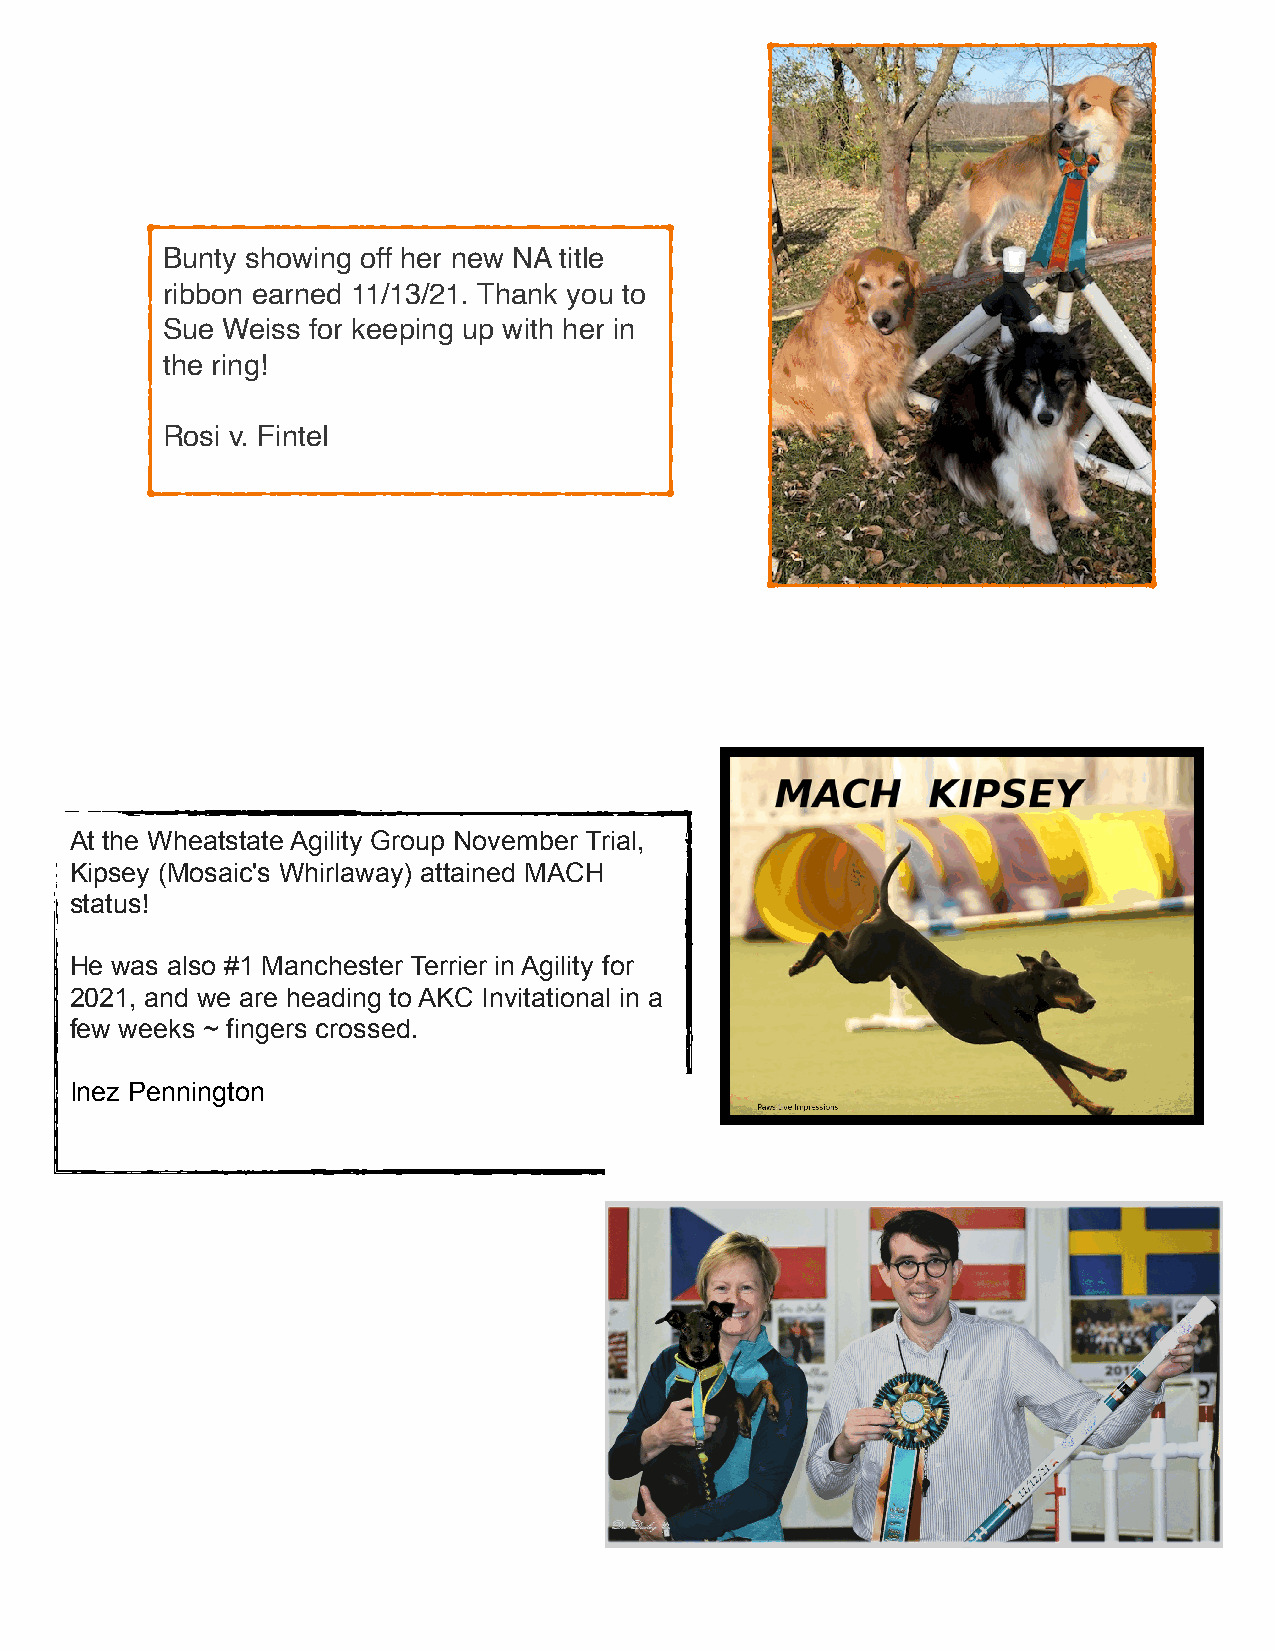
Bunty showing off her new NA title
 ribbon earned 11/13/21. Thank you to
 Sue Weiss for keeping up with her in
 the ring!
 Rosi v. Fintel
 At the Wheatstate Agility Group November Trial,
 Kipsey (Mosaic's Whirlaway) attained MACH
 status!
 He was also #1 Manchester Terrier in Agility for
 2021, and we are heading to AKC Invitational in a
 few weeks ~ fingers crossed.
 Inez Pennington
 6